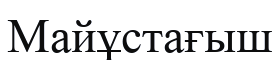
Майұстағыш